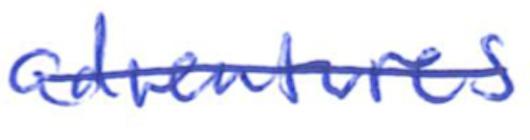
Text: adventures
Cross-out: single-line
Writing tool: ballpoint